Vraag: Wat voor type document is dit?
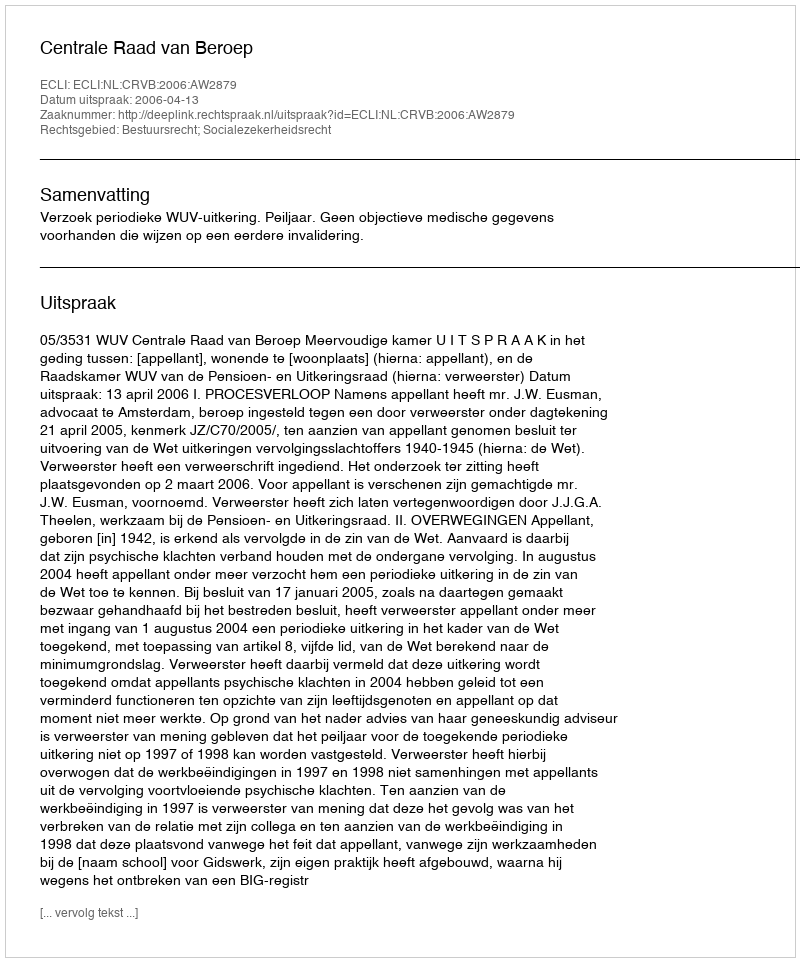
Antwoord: Uitspraak